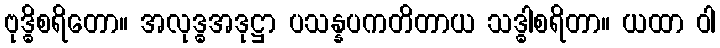
ဗုဒ္ဓိစရိတော။ အလုဒ္ဓအဒုဋ္ဌာ ပသန္နပကတိတာယ သဒ္ဓါစရိတာ။ ယထာ ဝါ